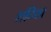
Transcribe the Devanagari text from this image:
शदिया